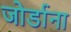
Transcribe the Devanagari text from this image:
जोर्डाना